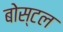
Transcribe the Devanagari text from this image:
बोस्टल